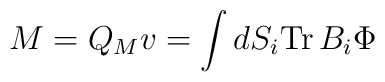
M = Q_M v =  \int dS_i {\rm Tr}\, B_i\Phi